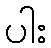
ပါး